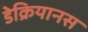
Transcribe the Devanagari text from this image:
डेक्रियानस